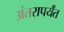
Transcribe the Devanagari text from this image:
अंतरापर्यँत